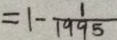
= 1 - \frac { 1 } { 1 9 9 5 }